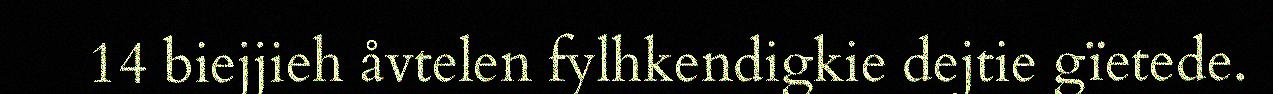
14 biejjieh åvtelen fylhkendigkie dejtie gïetede.